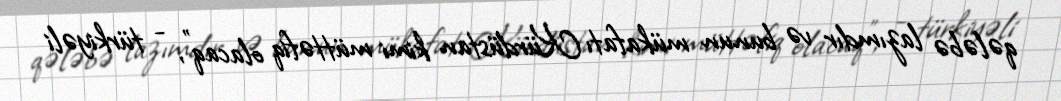
qələbə lazımdır və bunun mükafatı Kürdüstan kimi müttəfiq olacaq”, - türkiyəli